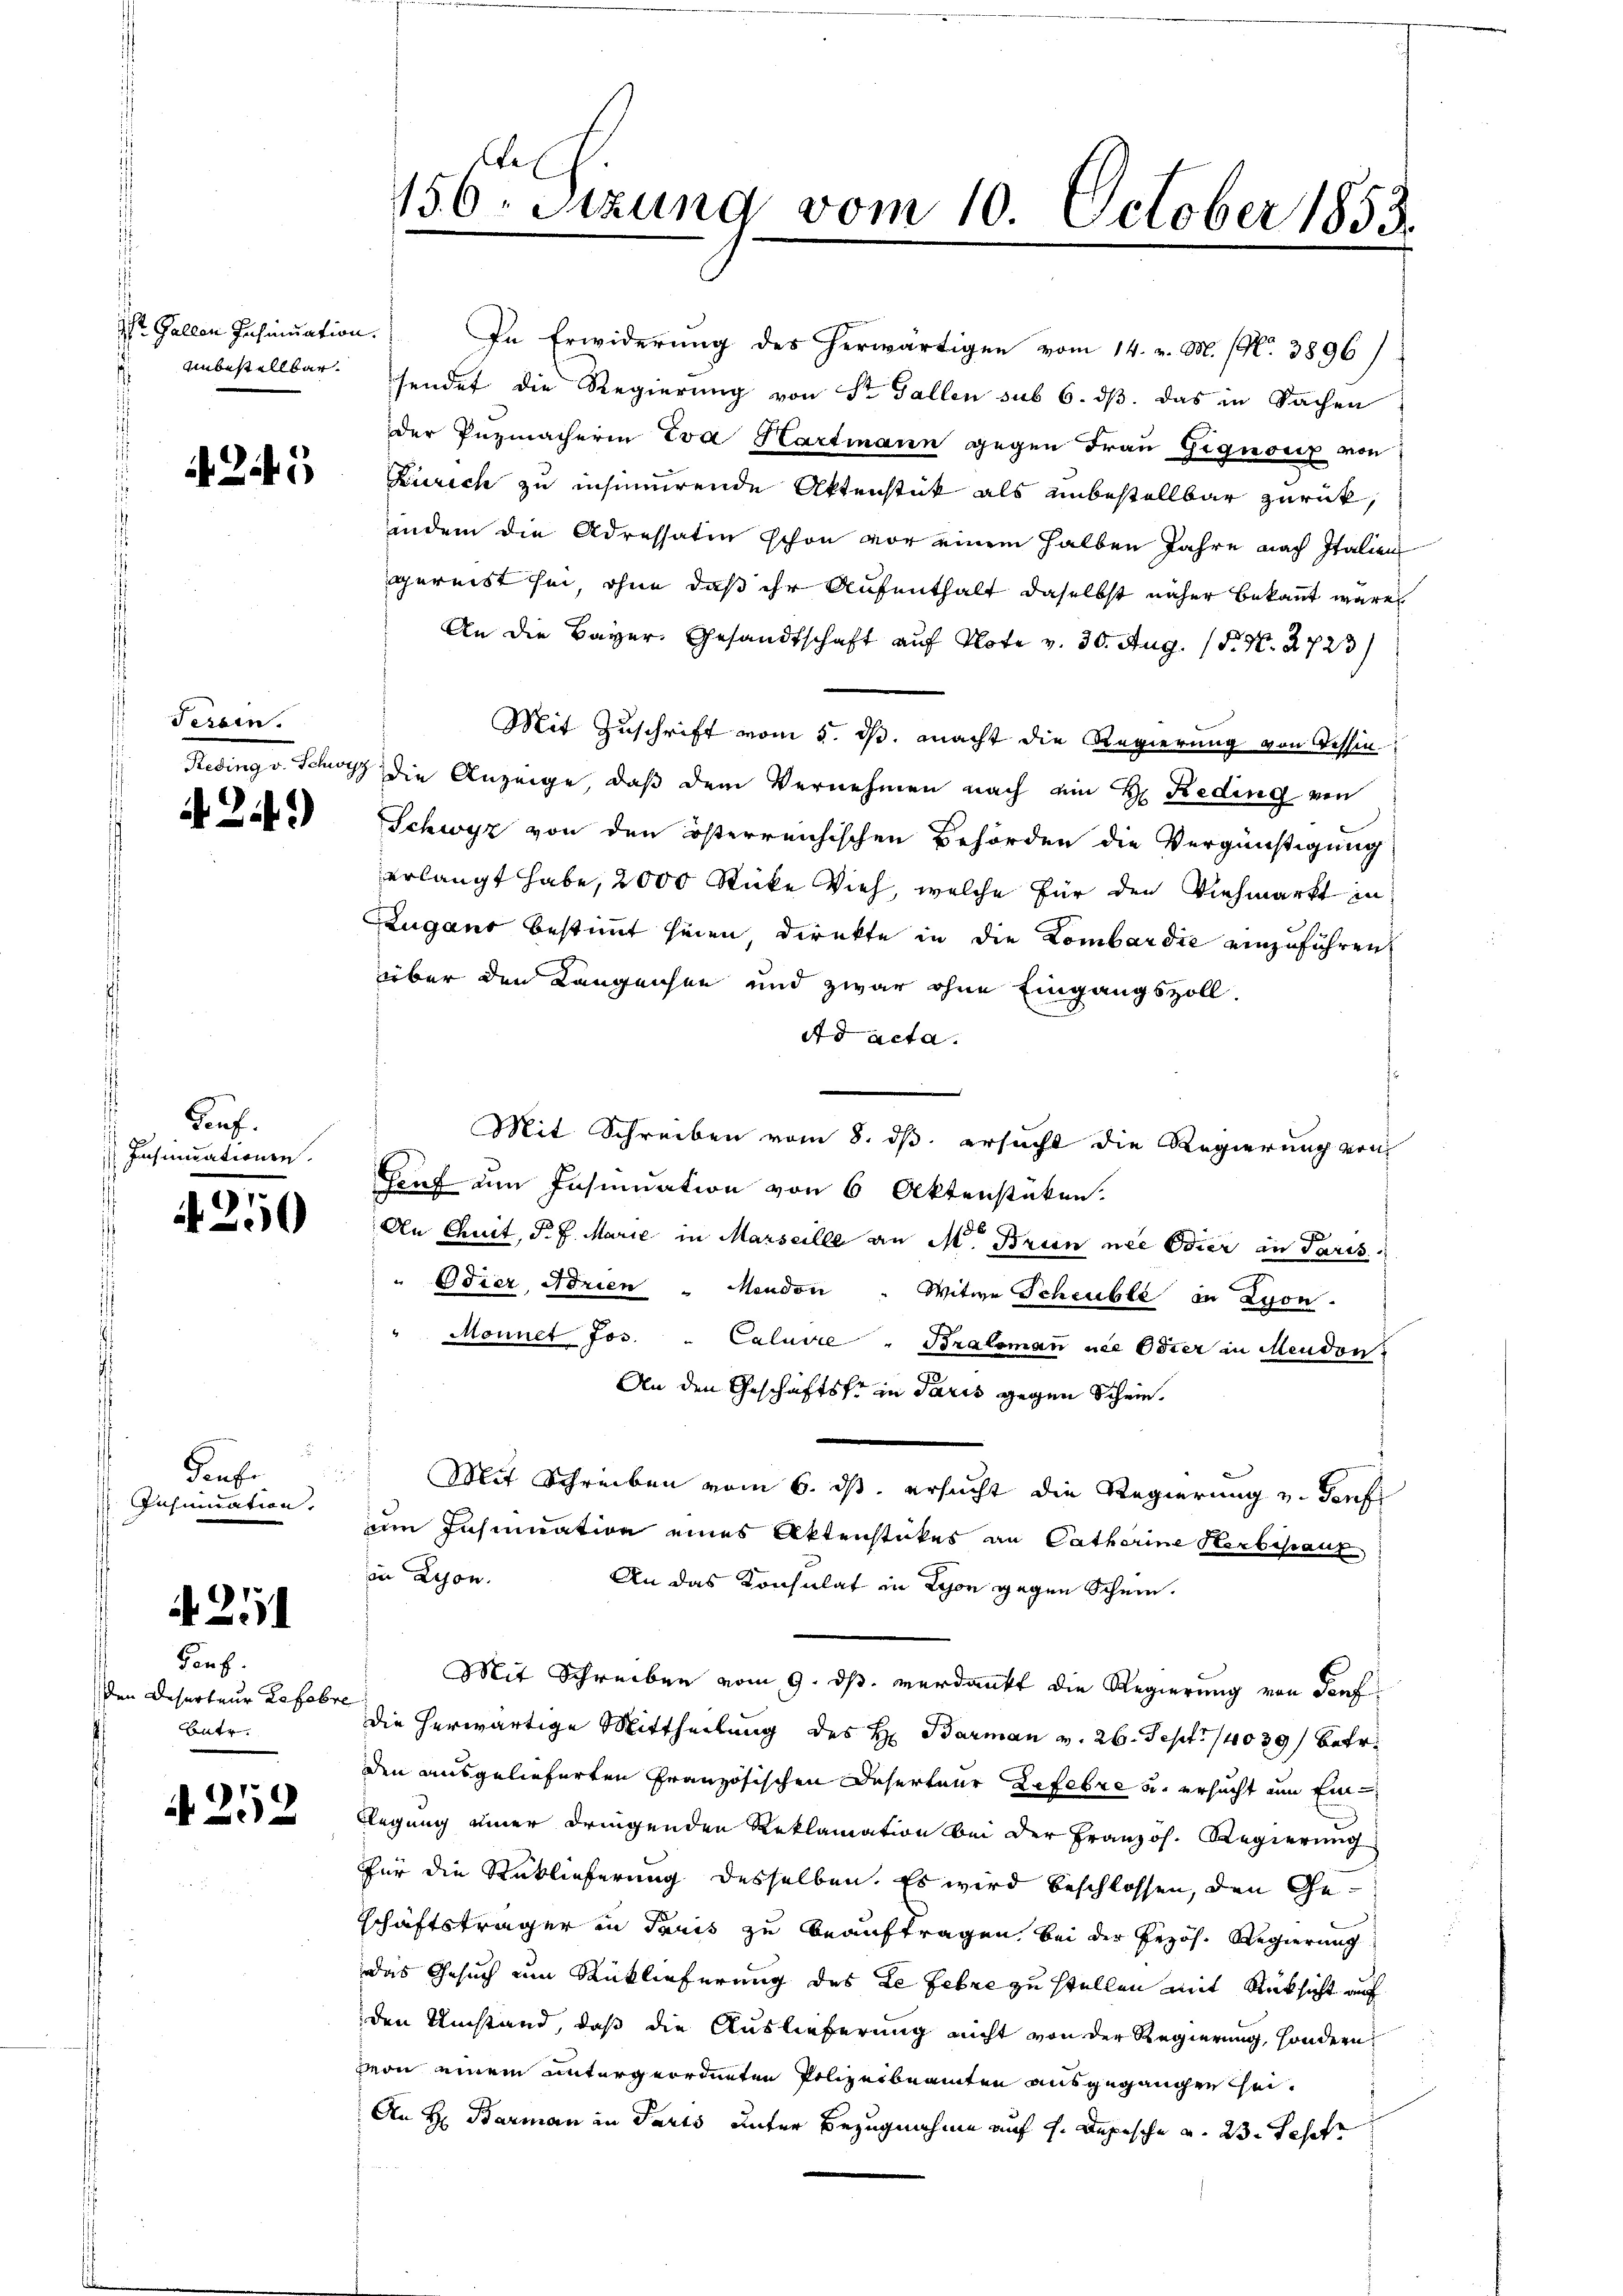
Gallen Insinuation.

245

Serain.

A 249

Pauf.
Insinuationen.

4250

denhe
Insinuation.

A 251

Ganz
Den Deserteur Lefebre
Batr.

A 252

der Pnzmacherin Eva Hartmann gegen Frau Gignoriz von
Zürich zu insinuirende Aktenstück als unbestellbar zurück,
indem die Adressatin schon vor einem halben Jahre nach Italien
gereist sei, ohne daß ihr Aufenthalt daselbst näher bekannt wäre
An die Bayer. Gesandtschaft auf Klote v. 30. Aug. 15. N. 2723/
Mit Zuschrift vom 5. ds. macht die Regierung von Tessin
Reding v. Schwyz die Anzeige, daß dem Vernehmen nach ein H. Reding von
Schwyz von den österreichischen Behörden die Vergünstigung
erlangt habe, 2000 Stücke Vieh, welche für den Viehmarkt in
Zugano bestimmt seien direkte in die Lombardie einzuführen,
über den Langensee und zwar ohne Eingangszoll.
Ad acta.
Mit Schreiben vom 8. ds. ersucht die Regierung von
Genf ein Insinuation von 6 Aktenstücken.
An Chuit, P. J. Marie in Marseille an M. Brun nie Eier an Paris
Odier, Norien - Mendon " Witwe Scheuble in Lyon
Monnet Jos. " Caluvre "Bralemann nie Oster in Mendon
An den Geschäftste in Paris gegen Schein
 Mit Schreiben vom 6. ds. ersucht die Regierung u. Genf
um Insinuation eines Aktenstückes an Catharine Herbestaur
in Leon.
An das Konsulat in Schon gegen Schein.
Mit Schreiben vom 9. ds. verdankt die Regierung von Taufdie herwärtige Mittheilung des H. Barman v. 26. Sept. 14039) betr.
den ausgelieferten Französischen Deserteur Lefevre u. ersucht um Ein¬
Rlegung einer dringenden Reklamation bei der Französ. Regierung
für die Rücklieferung desselben. Es wird beschlossen, den Geschäftsträger in Paris zu beauftragen, bei der Erzös. Regierung
das Gesuch um Rücklieferung des Le Febre zu stellen mit Rücksicht auf
den Umstand, daß die Auslieferung nicht von der Regierung, sondern
von einem untergeordneten Polizeibeamten ausgegangen hei¬
An H: Barman in Parts unter Bezugnahme auf 1. Depesche u. 23. Tesch

156r Sitzung vom 10. October 1853.

In Erwiderung des herwärtigen vom 14. v. M. (N. 3896/
 unbestellbar sendet die Regierung von St. Gallen sub 6. ds. das in Sachen